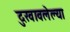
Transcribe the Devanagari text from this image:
दुखावलेल्या